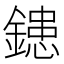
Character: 𨫑